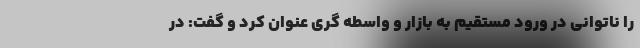
را ناتوانی در ورود مستقیم به بازار و واسطه گری عنوان کرد و گفت: در